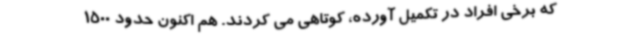
که برخی افراد در تکمیل آورده، کوتاهی می کردند. هم اکنون حدود 1500